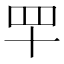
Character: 𦉴